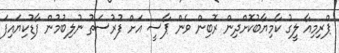
ޕްރިމިއާ ލީގު ކާމިޔާބުކޮށްދިން ރޮބިން ވެން ޕާސީ އަށް ފުރުސަތު ނުލިބުމުން ފާޑުކިޔައިފަ